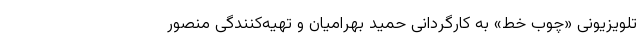
تلویزیونی «چوب خط» به کارگردانی حمید بهرامیان و تهیه‌کنندگی منصور